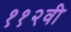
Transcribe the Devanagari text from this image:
११२वी